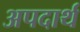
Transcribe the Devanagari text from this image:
अपदार्थ